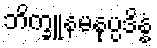
ဘိက္ခူနမနုပ္ပဒိန္နံ